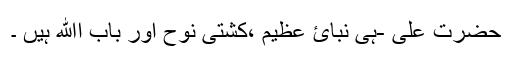
حضرت علی -ہی نبائ عظیم ،کشتی نوح اور باب اﷲ ہیں ۔